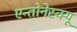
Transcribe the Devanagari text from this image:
एन्तोनेस्क्यू